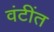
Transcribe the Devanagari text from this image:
वंटींत